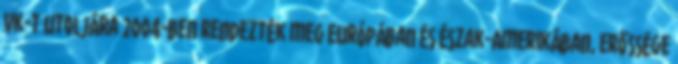
vk-t utoljára 2004-ben rendezték meg Európában és Észak-Amerikában, erőssége